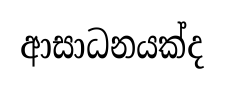
ආසාධනයක්ද